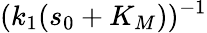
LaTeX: (k_{1}(s_{0}+K_{M}))^{-1}